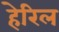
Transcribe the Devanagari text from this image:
हेरिल